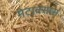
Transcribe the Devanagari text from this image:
मेटाक्सास